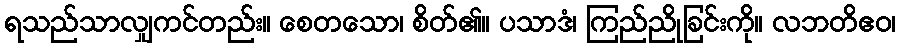
ရသည်သာလျှကင်တည်း။ စေတသော၊ စိတ်၏။ ပသာဒံ၊ ကြည်ညိုခြင်းကို။ လဘတိဧဝ၊